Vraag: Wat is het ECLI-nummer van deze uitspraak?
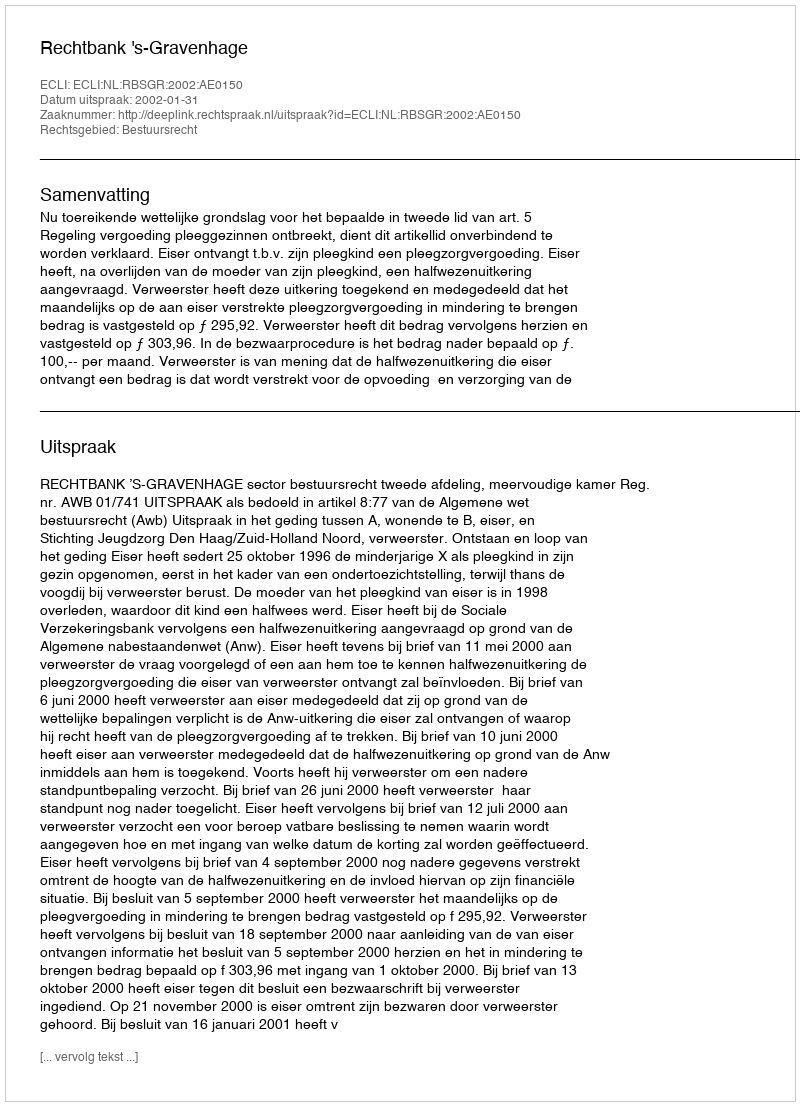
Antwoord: ECLI:NL:RBSGR:2002:AE0150